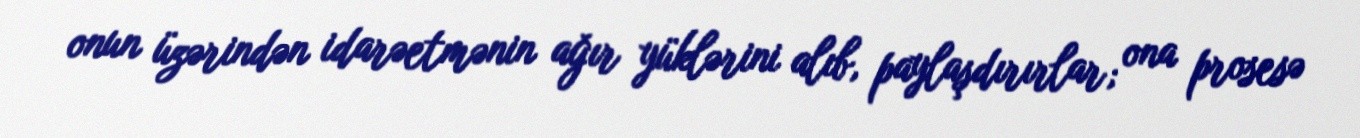
onun üzərindən idarəetmənin ağır yüklərini alıb, paylaşdırırlar; ona prosesə